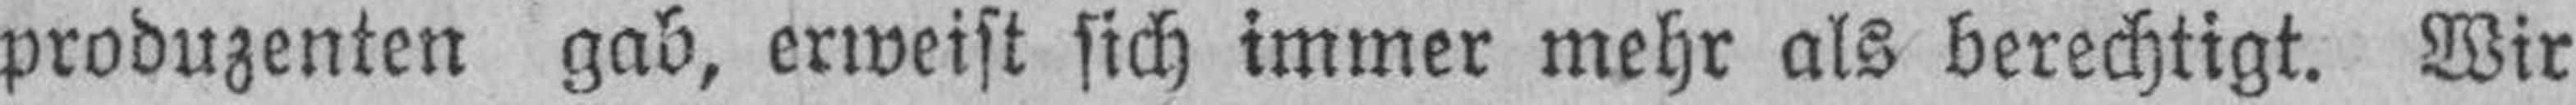
produzenten gab, erweist sich immer mehr als berechtigt. Wir